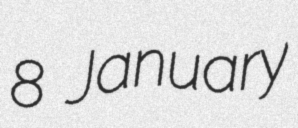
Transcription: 8 January